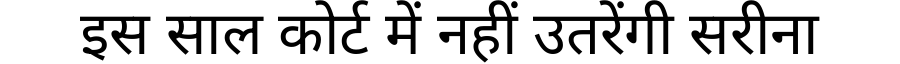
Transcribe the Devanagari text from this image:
इस साल कोर्ट में नहीं उतरेंगी सरीना